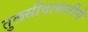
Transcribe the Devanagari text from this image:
तुलसीदासजीसे